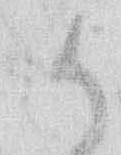
御